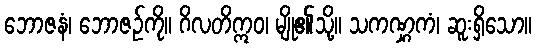
ဘောဇနံ၊ ဘောဇဉ်ကို။ ဂိလတိဣဝ၊ မျို၏သို့။ သကဏ္ဋကံ၊ ဆူးရှိသော။